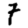
Digit: 7